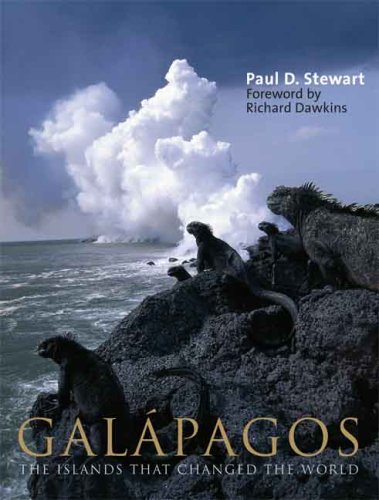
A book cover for GalÃ¡pagos: The Islands That Changed the World; Paul D. Stewart; History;